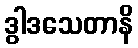
ဒွါဒသေတာနိ